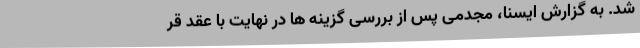
شد. به گزارش ایسنا، مجدمی پس از بررسی گزینه ها در نهایت با عقد قر